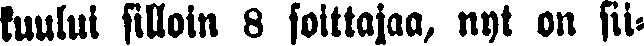
kuului silloin 8 soittajaa, nyt on sii-